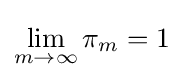
\lim _{m\to \infty }{\pi _{m}}=1